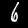
Digit: 6